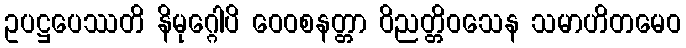
ဥပဋ္ဌပေဿတိ နိမုဂ္ဂေါပိ ဝေဝစနတ္တာ ဝိညတ္တိဝသေန သမာဟိတမေဝ